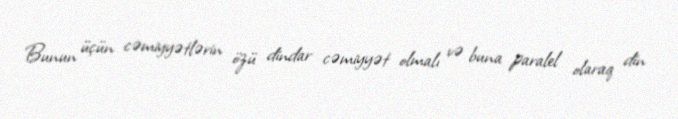
Bunun üçün cəmiyyətlərin özü dindar cəmiyyət olmalı və buna paralel olaraq din